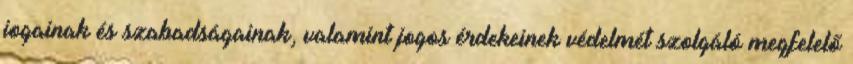
jogainak és szabadságainak, valamint jogos érdekeinek védelmét szolgáló megfelelő